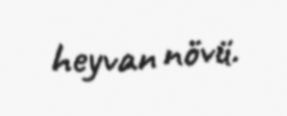
heyvan növü.